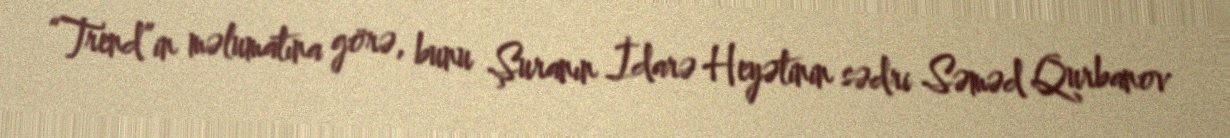
“Trend”in məlumatına görə, bunu Şuranın İdarə Heyətinin sədri Səməd Qurbanov